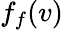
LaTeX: f_{f}(v)